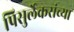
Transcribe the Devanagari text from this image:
पिसुर्लेकरांच्या